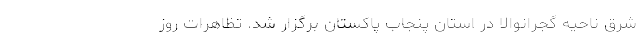
شرق ناحیه گجرانوالا در استان پنجاب پاکستان برگزار شد. تظاهرات روز